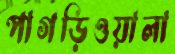
পাগড়িওয়ালা